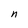
Character: n